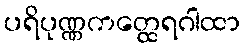
ပရိပုဏ္ဏကတ္ထေရဂါထာ